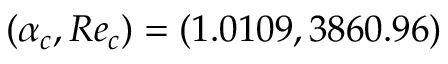
( \alpha _ { c } , R e _ { c } ) = ( 1 . 0 1 0 9 , 3 8 6 0 . 9 6 )